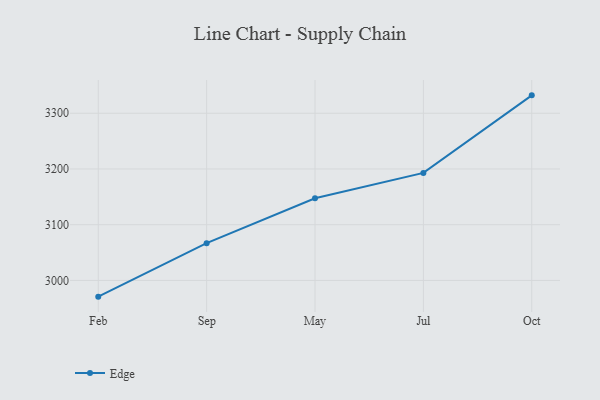
{"axis": {"x": "Month", "y": "Customer Acquisition Cost (USD)"}, "legend": ["Edge"], "data": [{"x": "Feb", "y": 2970.9, "type": "Edge"}, {"x": "Sep", "y": 3066.9, "type": "Edge"}, {"x": "May", "y": 3147.5, "type": "Edge"}, {"x": "Jul", "y": 3192.9, "type": "Edge"}, {"x": "Oct", "y": 3332.1, "type": "Edge"}]}